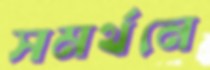
সমর্থনে